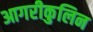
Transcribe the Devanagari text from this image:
आगरीकुलिन